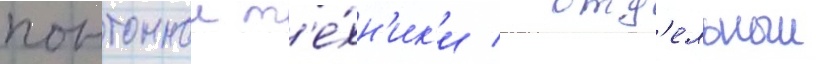
понтоннои т'е́хн'ик'и / отд'ельныи